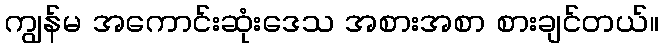
ကျွန်မ အကောင်းဆုံးဒေသ အစားအစာ စားချင်တယ်။